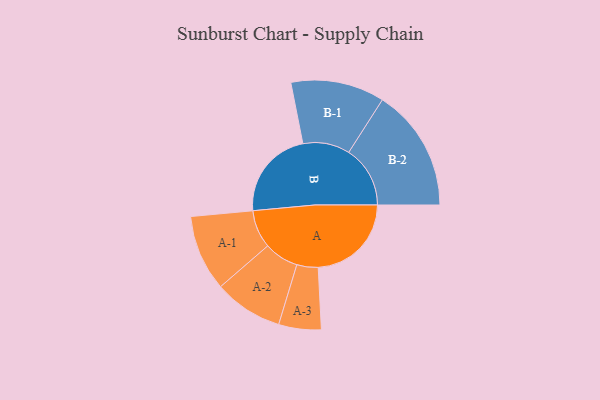
{"axis": {"x": "Segment", "y": "Value"}, "legend": ["", "A", "B"], "data": [{"x": "A", "y": 443, "type": ""}, {"x": "B", "y": 428, "type": ""}, {"x": "A-1", "y": 181, "type": "A"}, {"x": "A-2", "y": 164, "type": "A"}, {"x": "A-3", "y": 101, "type": "A"}, {"x": "B-1", "y": 223, "type": "B"}, {"x": "B-2", "y": 292, "type": "B"}]}